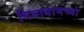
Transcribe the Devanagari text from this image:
विद्याधामच्या